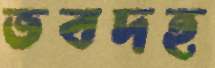
ভবদহ